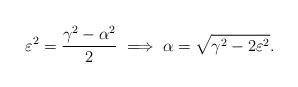
LaTeX: \begin{align*} \varepsilon^2 = \frac{\gamma^2 - \alpha^2}{2} \implies \alpha = \sqrt{\gamma^2 - 2\varepsilon^2}.\end{align*}